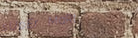
sUpEr MaRt